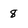
Character: 8